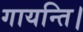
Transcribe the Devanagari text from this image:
गायन्ति।